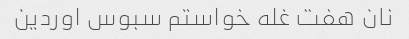
نان هفت غله خواستم سبوس اوردین